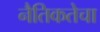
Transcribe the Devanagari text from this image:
नैतिकतेचा